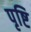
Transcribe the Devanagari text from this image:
पृष्टि